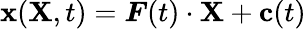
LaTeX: \mathbf{x}(\mathbf{X},t)={\boldsymbol{F}}(t)\cdot\mathbf{X}+\mathbf{c}(t)